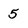
Character: 5